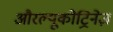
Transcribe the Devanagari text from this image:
औरल्यूकोट्रिनेज़